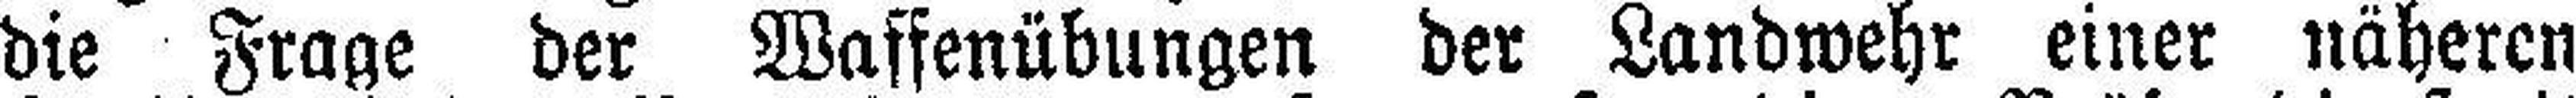
die Frage der Waffenübungen der Landwehr einer näheren